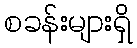
စခန်းများရှိ